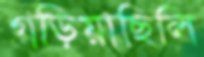
গড়িয়াছিলি